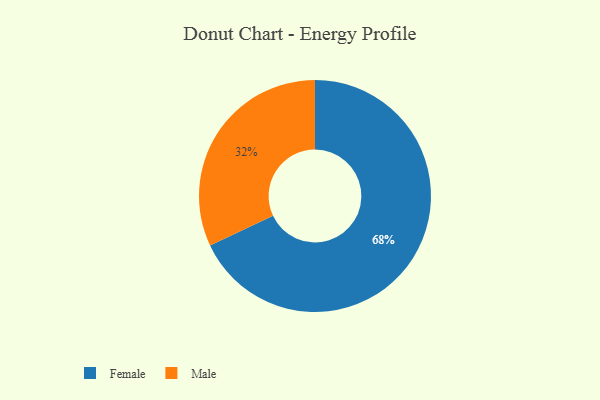
{"axis": {"x": "Category", "y": "Percentage"}, "legend": ["Female", "Male"], "data": [{"x": "Male", "y": 32, "type": "Male"}, {"x": "Female", "y": 68, "type": "Female"}]}